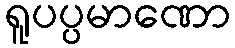
ရူပပ္ပမာဏော